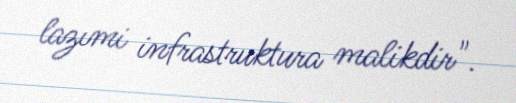
lazımi infrastruktura malikdir".